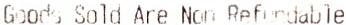
GOODS SOLD ARE NOT REFUNDABLE